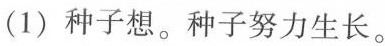
(1)种子想。种子努力生长。